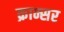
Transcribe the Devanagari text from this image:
क्रान्सर